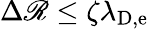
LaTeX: \Delta\mathscr{R}\leq\zeta\lambda_{\mathrm{{D,e}}}